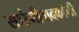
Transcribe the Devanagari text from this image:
सारंगीवादकांनी